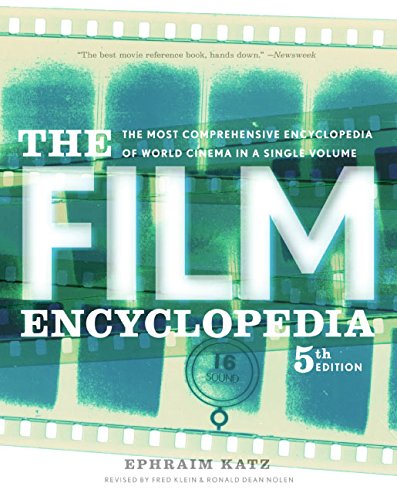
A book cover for Film Encyclopedia 5e, The; Ephraim Katz; Humor & Entertainment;